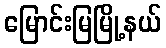
မြောင်းမြမြို့နယ်